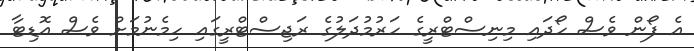
އެ ފޯން ވެސް ހޯދައި މިނިސްޓްރީގެ ހަރުމުދަލުގެ ރަޖިސްޓްރީގައި ހިމެނުމަށް ވެސް އޮޑިޓާ